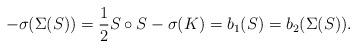
LaTeX: \begin{align*}-\sigma(\Sigma(S))= \frac{1}{2}S \circ S -\sigma(K)= b_1(S) = b_2(\Sigma(S)) .\end{align*}